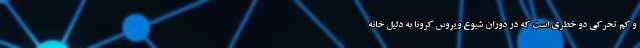
و کم تحرکی دو خطری است که در دوران شیوع ویروس کرونا به دلیل خانه